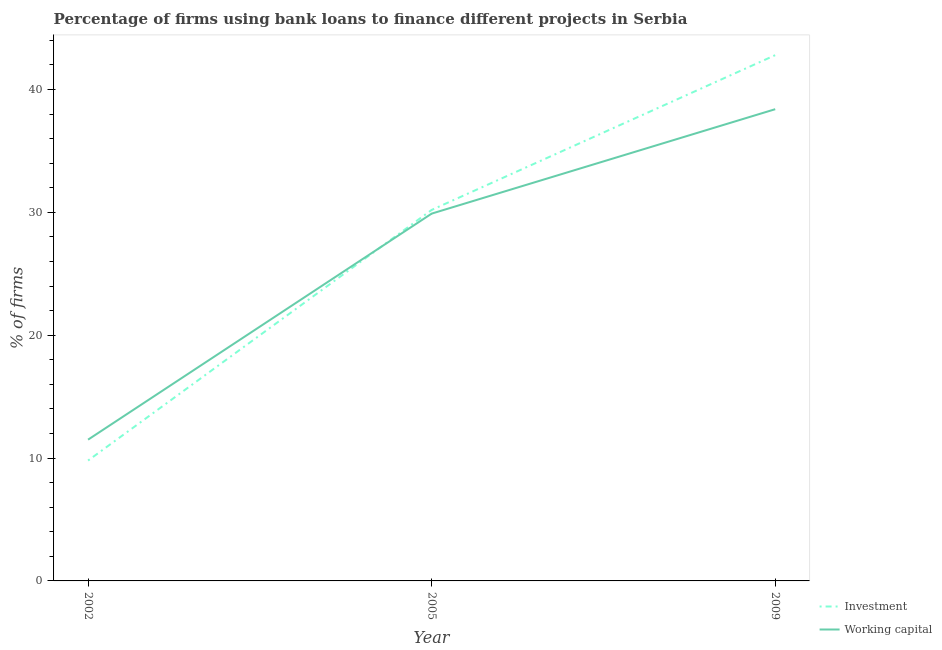
| Year | Investment | Working capital |
 | --- | --- | --- |
 | 2002 | 9.8 | 11.5 |
 | 2005 | 30.2 | 29.9 |
 | 2009 | 42.8 | 38.4 |